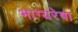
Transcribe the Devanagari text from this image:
भाग्यरेषा